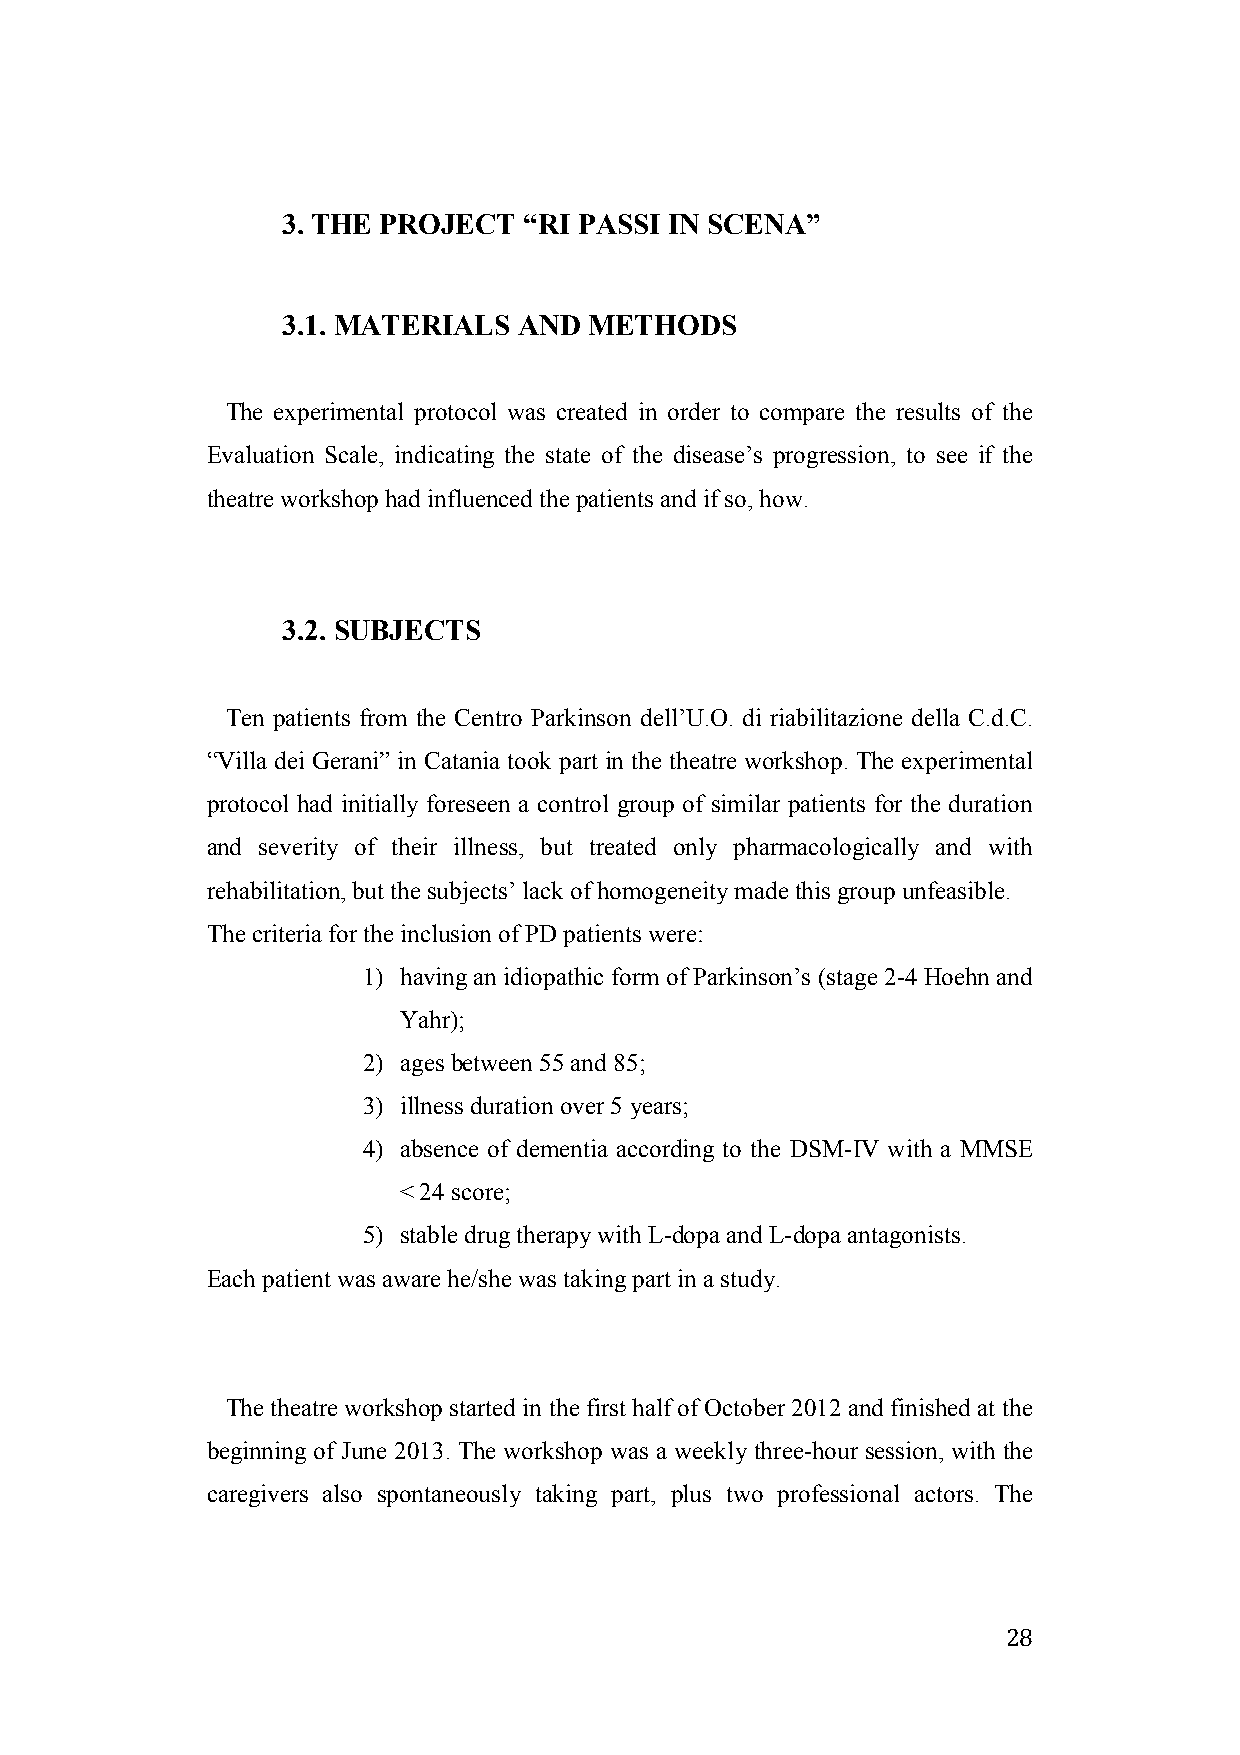
3. THE PROJECT  “RI PASSI IN SCENA”
 3.1 . MATERIALS AND METHODS
 The experimental protocol was created in order to compare the results of the
 Evaluation Scale, indicating the state of the disease’s progression, to see if the
 theatre workshop had influenced the patients and if so, how.
 3.2 . SUBJECTS
 Ten patients from the Centro Parkinson dell’U.O. di riabilitazione della C.d.C.
 “Villa dei Gerani” in Catania took part in the theatre workshop. The experimental
 protocol had initially foreseen a control group of similar patients for the duration
 and severity of their illness, but treated only pharmacologically and with
 rehabilitation, but the subjects’ lack of homogeneity made this group unfeasible.
 The criteria for the inclusion of PD patients were:
 1) having an idiopathic form of Parkinson’s (stage 2-4 Hoehn and
 Yahr);
 2) ages between 55 and 85;
 3) illness duration over 5 years;
 4) absence of dementia according to the DSM-IV with a MMSE
 < 24 score;
 5) stable drug therapy with L-dopa and L-dopa antagonists.
 Each patient was aware he/she was taking part in a study.
 The theatre workshop started in the first half of October 2012 and finished at the
 beginning of June 2013. The workshop was a weekly three-hour session, with the
 caregivers also spontaneously taking part, plus two professional actors. The
 28